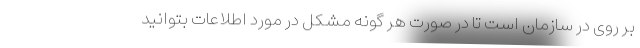
بر روی در سازمان است تا در صورت هر گونه مشکل در مورد اطلاعات بتوانید